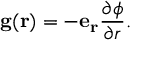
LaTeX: \mathbf { g } ( \mathbf { r } ) = - \mathbf { e _ { r } } { \frac { \partial \phi } { \partial r } } .